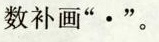
数补画”·”。